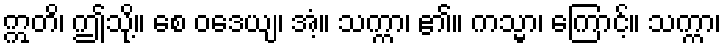
ဣတိ၊ ဤသို့။ စေ ဝဒေယျ၊ အံ့။ သက္ကာ၊ ၏။ ကသ္မာ၊ ကြောင့်။ သက္ကာ၊